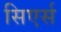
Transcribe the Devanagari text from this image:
सिएर्स